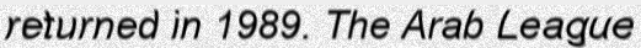
returned in 1989. The Arab League